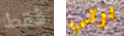
فقط ارتي